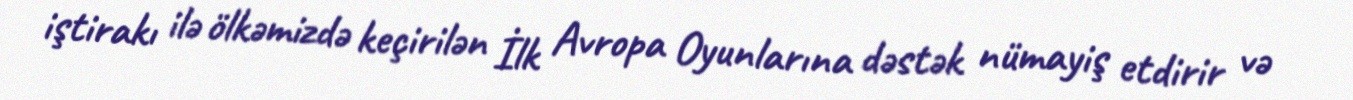
iştirakı ilə ölkəmizdə keçirilən İlk Avropa Oyunlarına dəstək nümayiş etdirir və